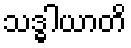
သဒ္ဓါယာတိ